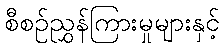
စီစဉ်ညွှန်ကြားမှုများနှင့်